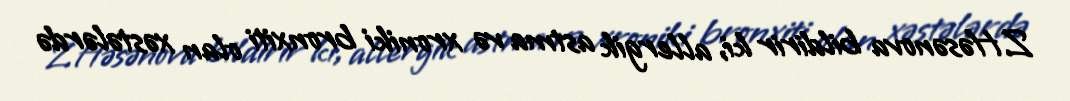
Z.Həsənova bildirir ki, allergik astma və xroniki bronxiti olan xəstələrdə